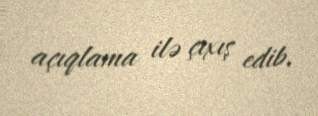
açıqlama ilə çıxış edib.